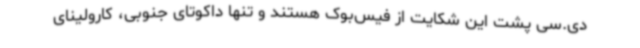
دی.سی پشت این شکایت از فیس‌بوک هستند و تنها داکوتای جنوبی، کارولینای